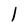
Character: 1